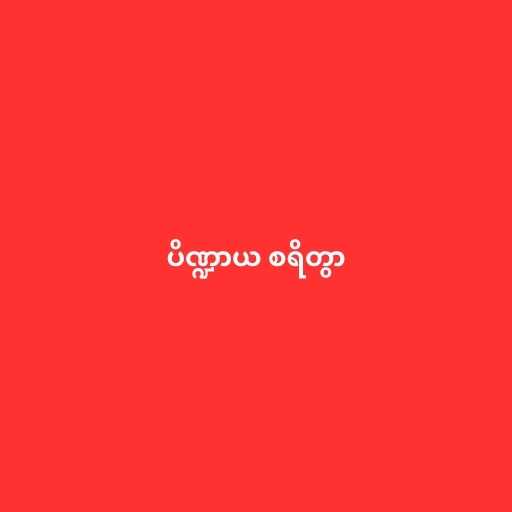
ပိဏ္ဍာယ စရိတွာ